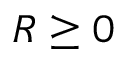
R \geq 0